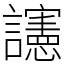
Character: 䜢